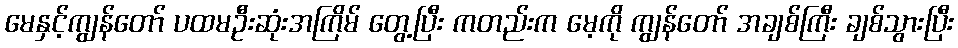
မေနှင့်ကျွန်တော် ပထမဦးဆုံးအကြိမ် တွေ့ပြီး ကတည်းက မေ့ကို ကျွန်တော် အချစ်ကြီး ချစ်သွားပြီး